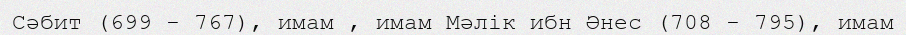
Сәбит (699 - 767), имам , имам Мәлік ибн Әнес (708 - 795), имам